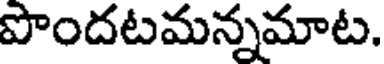
పొందటమన్నమాట.